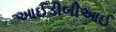
આઈડીબીઆઈ